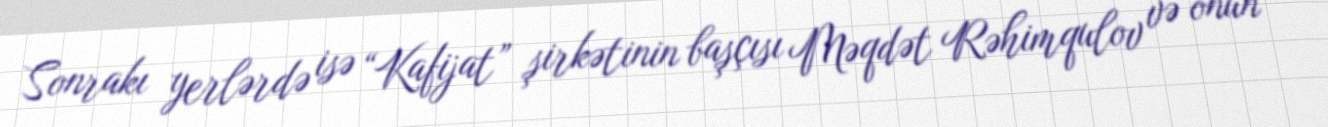
Sonrakı yerlərdə isə “Kafijat” şirkətinin başçısı Məqdət Rəhimqulov və onun